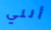
أنني